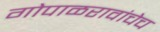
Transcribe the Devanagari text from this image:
गोपाळरावांचेच